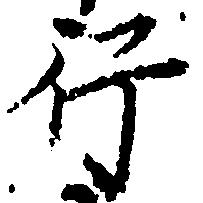
行